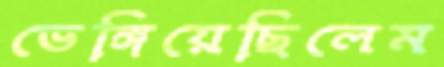
ভেঙ্গিয়েছিলেম